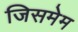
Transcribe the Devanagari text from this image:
जिसमेम